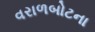
વરાળબોટના